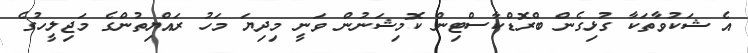
އެ ޝަކުވާތަކާ ގުޅިގެން ބްރޮޑްކާސްޓިން ކޮމިޝަނުން ވަނީ މިދިޔަ މަހު ރައްޔިތުންގެ މަޖިލީހުގެ